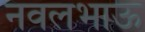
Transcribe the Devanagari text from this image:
नवलभाऊ